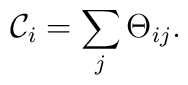
{\cal C}_i = \sum_{j} \Theta_{ij}.